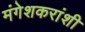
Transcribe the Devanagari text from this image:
मंगेशकरांशी